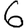
Digit: 6